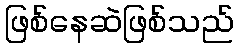
ဖြစ်နေဆဲဖြစ်သည်